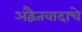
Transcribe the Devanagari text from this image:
अद्वैतवादाचे